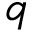
q